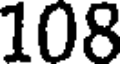
108